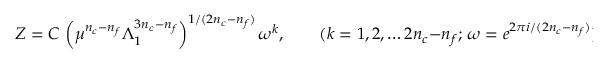
Z = C \, \left( \mu ^ { n _ { c } - n _ { f } } \Lambda _ { 1 } ^ { 3 n _ { c } - n _ { f } } \right) ^ { 1 / ( 2 n _ { c } - n _ { f } ) } \omega ^ { k } , \qquad ( k = 1 , 2 , \ldots 2 n _ { c } - n _ { f } ; \, \omega = e ^ { 2 \pi i / ( 2 n _ { c } - n _ { f } ) } ) ,